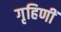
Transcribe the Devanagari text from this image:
गृहिणीं